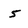
Character: 5